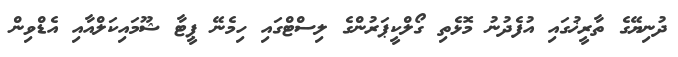
ދުނިޔޭގެ ތާރީޚުގައި އުފެދުނު މޮޅެތި ގޯލްކީޕަރުންގެ ލިސްޓްގައި ހިމެނޭ ޕީޓާ ޝޫމައިކަލްއާއި އެޑްވިން